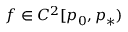
f \in C ^ { 2 } [ p _ { 0 } , p _ { * } )